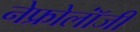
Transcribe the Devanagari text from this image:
नेफ्रोलॉंजी